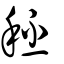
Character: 秠